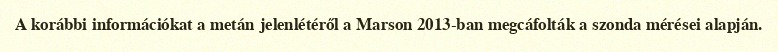
A korábbi információkat a metán jelenlétéről a Marson 2013-ban megcáfolták a szonda mérései alapján.